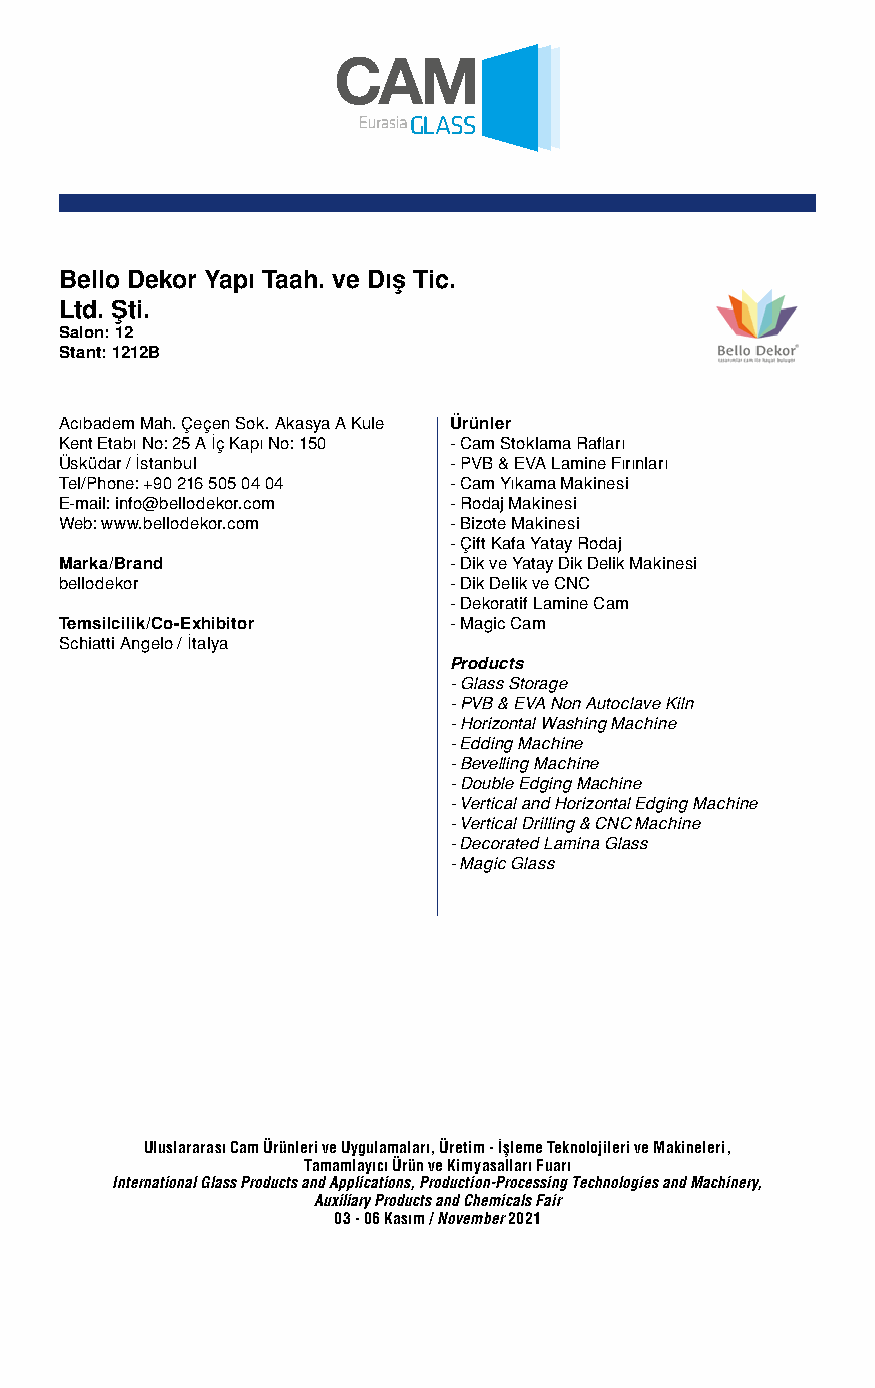
Bello Dekor Yapı Taah. ve Dış Tic.
 Ltd. Şti.
 Salon: 12
 Stant: 1212B
 Acıbadem Mah. Çeçen Sok. Akasya A Kule Ürünler
 Kent Etabı No: 25 A İç Kapı No: 150 - Cam Stoklama Rafları
 Üsküdar / İstanbul        - PVB & EVA Lamine Fırınları
 Tel/Phone: +90 216 505 04 04 - Cam Yıkama Makinesi
 E-mail: info@bellodekor.com - Rodaj Makinesi
 Web: www.bellodekor.com   - Bizote Makinesi
 - Çift Kafa Yatay Rodaj
 Marka/Brand               - Dik ve Yatay Dik Delik Makinesi
 bellodekor                - Dik Delik ve CNC
 - Dekoratif Lamine Cam
 Temsilcilik/Co-Exhibitor  - Magic Cam
 Schiatti Angelo / İtalya
 Products
 - Glass Storage
 - PVB & EVA Non Autoclave Kiln
 - Horizontal Washing Machine
 - Edding Machine
 - Bevelling Machine
 - Double Edging Machine
 - Vertical and Horizontal Edging Machine
 - Vertical Drilling & CNC Machine
 - Decorated Lamina Glass
 - Magic Glass
 Uluslararası Cam Ürünleri ve Uygulamaları, Üretim - İşleme Teknolojileri ve Makineleri,
 Tamamlayıcı Ürün ve Kimyasalları Fuarı
 International Glass Products and Applications, Production-Processing Technologies and Machinery,
 Auxiliary Products and Chemicals Fair
 03 - 06 Kasım / November 2021